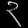
Digit: ၃